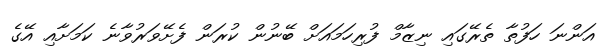
އަންނަ ހަފުތާ ތެރޭގައި ނިޒާމް ފުރިހަމައަށް ބޭނުން ކުރަން ފެށޭވަރުވާނެ ކަމަށާއި އޭގެ